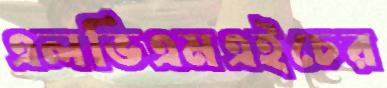
এলভিএমএইচের